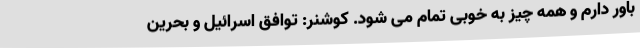
باور دارم و همه چیز به خوبی تمام می شود. کوشنر: توافق اسرائیل و بحرین